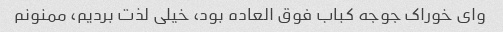
وای خوراک جوجه کباب فوق العاده بود، خیلی لذت بردیم، ممنونم